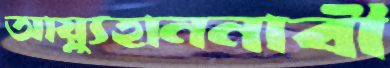
আয়্যুহাননাবী